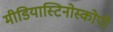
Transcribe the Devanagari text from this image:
मीडियास्टिनोस्कोपी